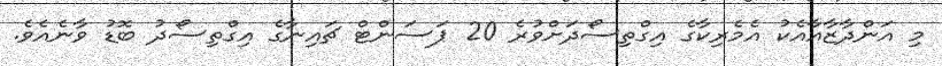
މި އަންދާޒާއާއެކު އެމެރިކާގެ އިގްތިސޯދަށްވުރެ 20 ޕަސަންޓް ޗައިނާގެ އިގްތިސޯދު ބޮޑު ވާނެއެވެ.